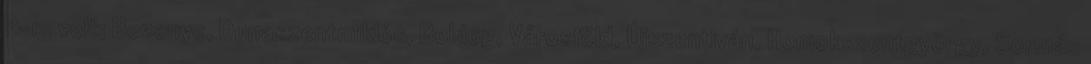
P-13 volt; Bezenye, Dunaszentmiklós, Boldog, Városföld, Újszentiván, Homokszentgyörgy, Sormás